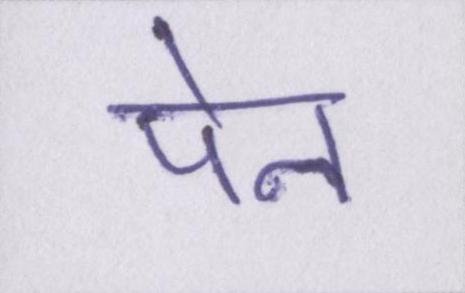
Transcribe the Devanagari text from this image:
पेन